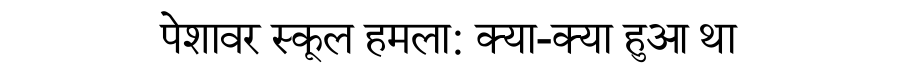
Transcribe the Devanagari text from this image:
पेशावर स्कूल हमला: क्या-क्या हुआ था